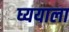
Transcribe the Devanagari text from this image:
घ्ययाला